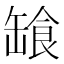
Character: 𩛕